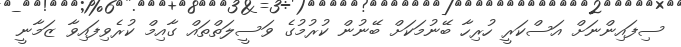
ސިފައިންނަށް އަސްކަރީ ހުރިހާ ބޭނުމަކަށް ބޭނުން ކުރުމުގެ ވަސީލަތްތައް ގާއިމް ކުރެވިފައިވާ ޒަމާނީ